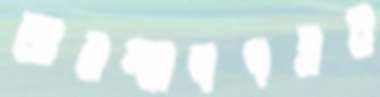
অবস্থানপত্রও